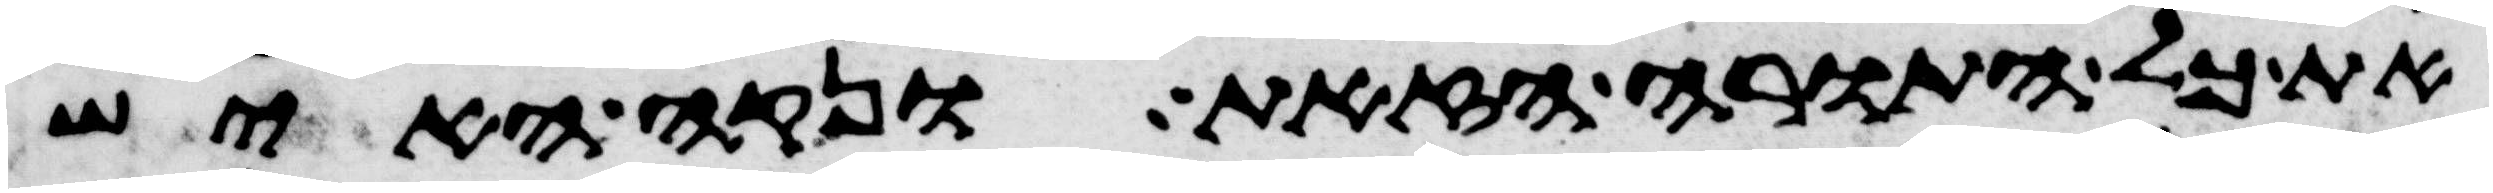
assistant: את כל התורה הזאת ונקה האיש